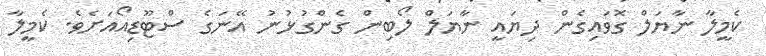
ކެމީލާ ނާޔަލް ގޮވައިގެން ދިޔައީ ނާޔަލް ލޯބިން ގެންގުޅުނު އޭނަގެ ސްޓޫޑިއޯއަށެވެ. ކެމީލާ